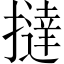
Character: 撻